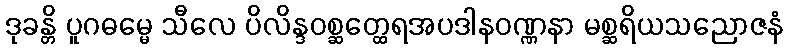
ဒုခန္တိ ပူဂဓမ္မေ သီလေ ပိလိန္ဒဝစ္ဆတ္ထေရအပဒါနဝဏ္ဏနာ မစ္ဆရိယသညောဇနံ